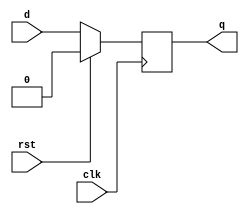
`timescale 1ns / 1ps
//////////////////////////////////////////////////////////////////////////////////
// Company: Self
// 
// Design Name: 
// Module Name: dff_syncrst
// Project Name: 
// Target Devices: 
// Tool Versions: 
// Description: 
// 
// Dependencies: 
// 
// Revision:
// Revision 0.01 - File Created
// Additional Comments:
// 
//////////////////////////////////////////////////////////////////////////////////


module dff_syncrst(d,q,clk,rst);
input d,clk,rst;
output reg q;

always @(posedge clk)
 begin
  if(rst)
   q <= 1'b0;
  else 
   q <= d;
 end
  
endmodule